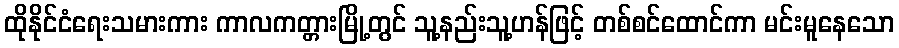
ထိုနိုင်ငံရေးသမားကား ကာလကတ္တားမြို့တွင် သူ့နည်းသူ့ဟန်ဖြင့် တစ်စင်ထောင်ကာ မင်းမူနေသော